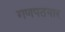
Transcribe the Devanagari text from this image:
गणपतयार